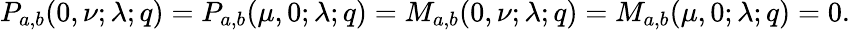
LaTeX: P_{a,b}(0,\nu;\lambda;q)=P_{a,b}(\mu,0;\lambda;q)=M_{a,b}(0,\nu;\lambda;q)=M_{a,b}(\mu,0;\lambda;q)=0.